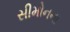
સીમોનના